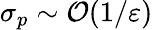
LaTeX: \sigma_{p}\sim\mathcal{O}(1/\varepsilon)